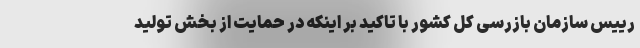
رییس سازمان بازرسی کل کشور با تاکید بر اینکه در حمایت از بخش تولید